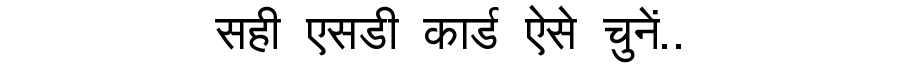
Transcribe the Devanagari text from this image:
सही एसडी कार्ड ऐसे चुनें..